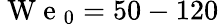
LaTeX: \mathrm{~W~e~}_{0}=50-120